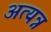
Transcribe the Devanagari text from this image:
अत्यन्न